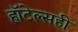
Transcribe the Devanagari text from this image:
हॉटेल्सही